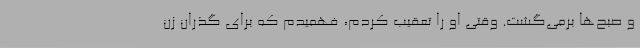
و صبح‌ها برمی‌گشت. وقتی او را تعقیب کردم، فهمیدم که برای گذران زن